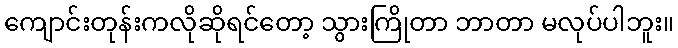
ကျောင်းတုန်းကလိုဆိုရင်တော့ သွားကြိုတာ ဘာတာ မလုပ်ပါဘူး။